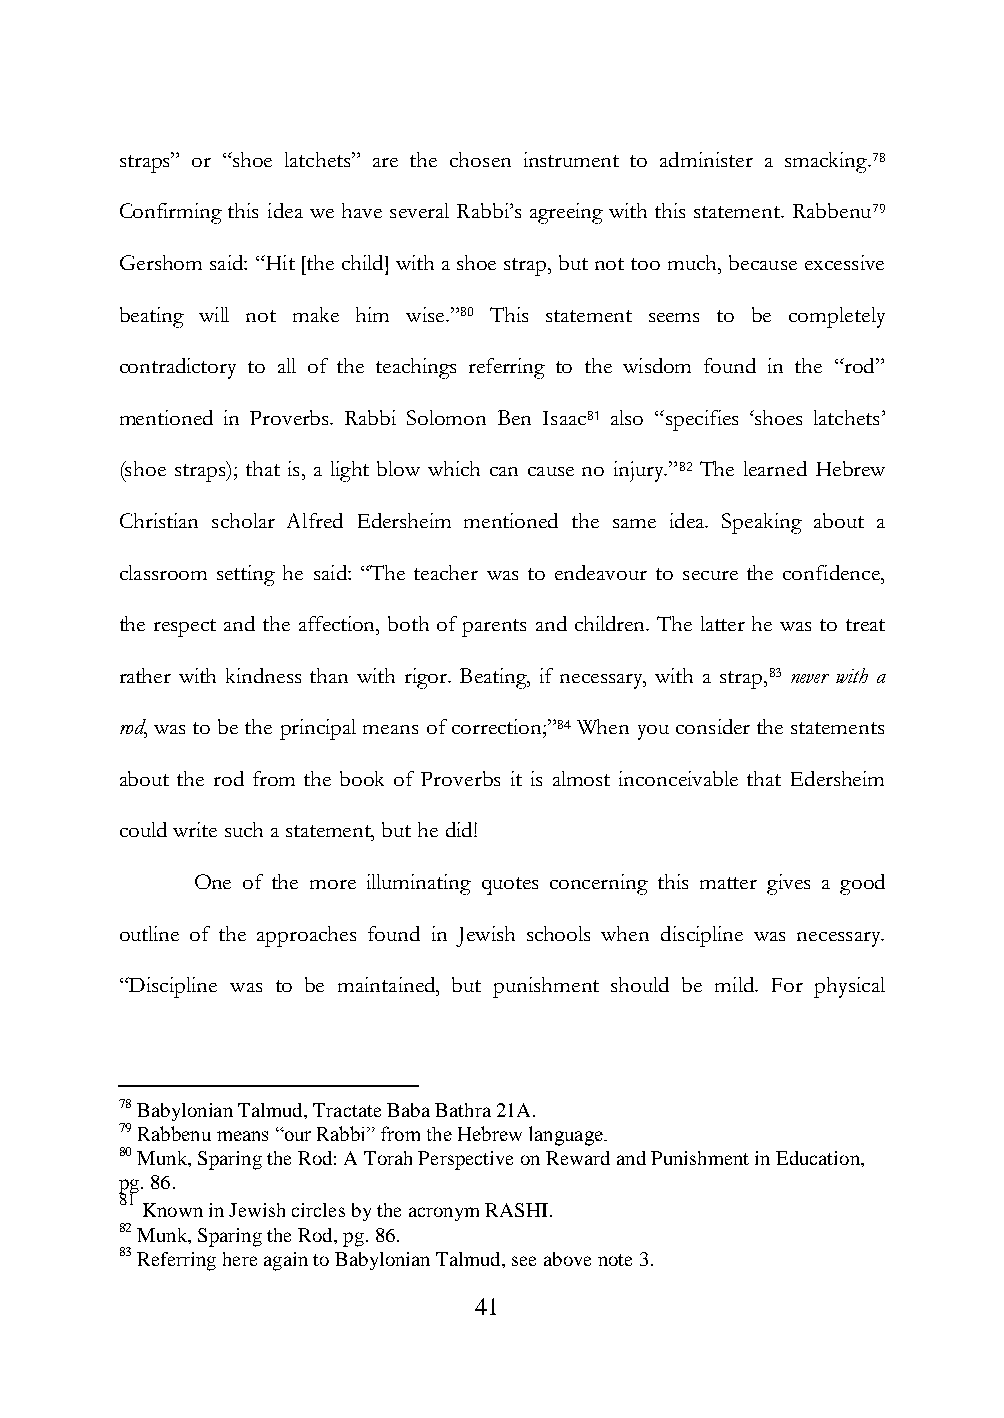
straps” or “shoe latchets” are the chosen instrument to administer a smacking.78
 Confirming this idea we have several Rabbi‟s agreeing with this statement. Rabbenu79
 Gershom said: “Hit [the child] with a shoe strap, but not too much, because excessive
 beating will not make him wise.”80 This statement seems to be completely
 contradictory to all of the teachings referring to the wisdom found in the “rod”
 mentioned in Proverbs. Rabbi Solomon Ben Isaac81 also “specifies „shoes latchets‟
 (shoe straps); that is, a light blow which can cause no injury.”82 The learned Hebrew
 Christian scholar Alfred Edersheim mentioned the same idea. Speaking about a
 classroom setting he said: “The teacher was to endeavour to secure the confidence,
 the respect and the affection, both of parents and children. The latter he was to treat
 rather with kindness than with rigor. Beating, if necessary, with a strap,83 never with a
 rod, was to be the principal means of correction;”84 When you consider the statements
 about the rod from the book of Proverbs it is almost inconceivable that Edersheim
 could write such a statement, but he did!
 One of the more illuminating quotes concerning this matter gives a good
 outline of the approaches found in Jewish schools when discipline was necessary.
 “Discipline was to be maintained, but punishment should be mild. For physical
 78 Babylonian Talmud, Tractate Baba Bathra 21A.
 79 Rabbenu means “our Rabbi” from the Hebrew language.
 80 Munk, Sparing the Rod: A Torah Perspective on Reward and Punishment in Education,
 pg. 86.
 81
 Known in Jewish circles by the acronym RASHI.
 82 Munk, Sparing the Rod, pg. 86.
 83 Referring here again to Babylonian Talmud, see above note 3.
 41